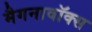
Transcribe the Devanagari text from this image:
मैगनावॉक्स